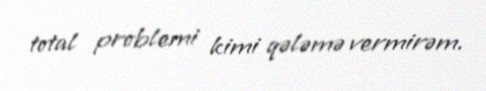
total problemi kimi qələmə vermirəm.